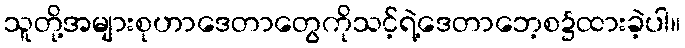
သူတို့အများစုဟာဒေတာတွေကိုသင့်ရဲ့ဒေတာဘေ့စ၌ထားခဲ့ပါ။